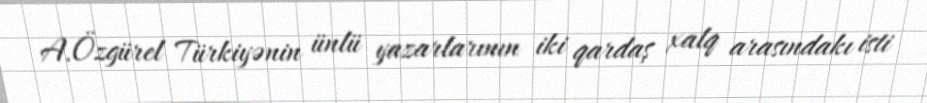
A.Özgürel Türkiyənin ünlü yazarlarının iki qardaş xalq arasındakı isti